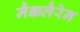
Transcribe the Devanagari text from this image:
मैक्कलैरेन